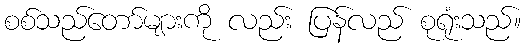
စစ်သည်တော်များကို လည်း ပြန်လည် စုရုံးသည်။